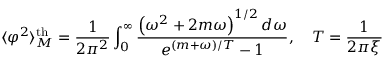
\langle \varphi ^ { 2 } \rangle _ { M } ^ { \mathrm { t h } } = \frac { 1 } { 2 \pi ^ { 2 } } \int _ { 0 } ^ { \infty } \frac { \left( \omega ^ { 2 } + 2 m \omega \right) ^ { 1 / 2 } d \omega } { e ^ { ( m + \omega ) / T } - 1 } , \quad T = \frac { 1 } { 2 \pi \xi }